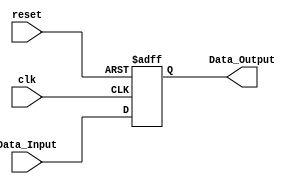
 /******************************************************************* 
* Name:
*	Calculadora1.v
* Description:
* 	N bit Register (The one we studied in class)
* Inputs:
*  clk
*  reset
*  Data_Input
* Outputs:
* 	Data_Output
* Versin:  
*	1.0
* Author: 
*	Jorge Antonio Araiza Martinez
* Fecha: 
*	06/09/2018
*********************************************************************/
 module Register
#(
	parameter Word_Length = 6
)

(
	// Input Ports
	input clk,
	input reset,
	input [Word_Length-1 : 0] Data_Input,

	// Output Ports
	output [Word_Length-1 : 0] Data_Output
);

reg  [Word_Length-1 : 0] Data_reg;

always@(posedge clk or negedge reset) begin
	if(reset == 1'b0) 
		Data_reg <= 0;
	else 
		Data_reg <= Data_Input;
end

assign Data_Output = Data_reg;

endmodule